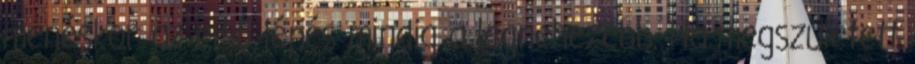
menéskor az első lépés mindig a legnehezebb. Ha megszületett